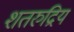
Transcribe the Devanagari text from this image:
शतरुद्रिय